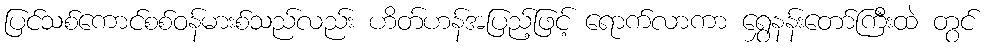
ပြင်သစ်ကောင်စစ်ဝန်မားစ်သည်လည်း ဟိတ်ဟန်အပြည့်ဖြင့် ရောက်လာကာ ရွှေနန်းတော်ကြီးထဲ တွင်